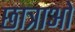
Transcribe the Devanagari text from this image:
छात्राओ